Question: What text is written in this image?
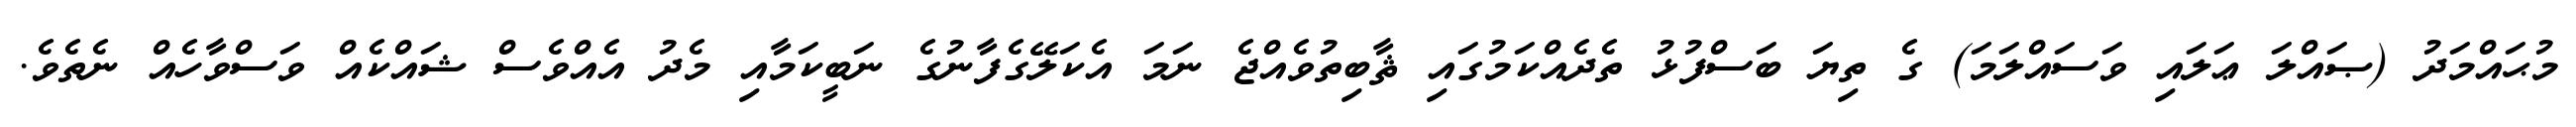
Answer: މުޙައްމަދު (ޞައްލަ ޢަލައި ވަސައްލަމަ) ގެ ތިޔަ ބަސްފުޅު ތެދެއްކަމުގައި ޘާބިތުވެއްޖެ ނަމަ އެކަލޭގެފާނުގެ ނަބީކަމާއި މެދު އެއްވެސް ޝައްކެއް ވަސްވާހެއް ނެތެވެ.